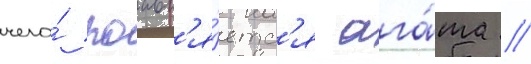
чего́ поавл'я́етс'я ага́та //